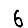
Digit: 6